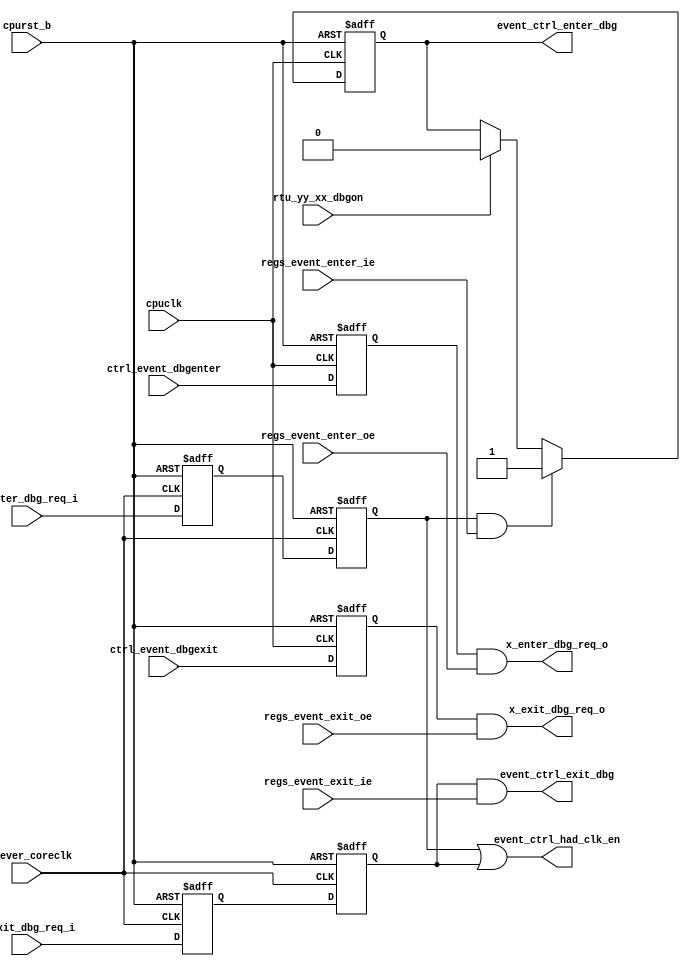
/*Copyright 2019-2021 T-Head Semiconductor Co., Ltd.

Licensed under the Apache License, Version 2.0 (the "License");
you may not use this file except in compliance with the License.
You may obtain a copy of the License at

    http://www.apache.org/licenses/LICENSE-2.0

Unless required by applicable law or agreed to in writing, software
distributed under the License is distributed on an "AS IS" BASIS,
WITHOUT WARRANTIES OR CONDITIONS OF ANY KIND, either express or implied.
See the License for the specific language governing permissions and
limitations under the License.
*/

// &ModuleBeg; @23
module ct_had_event(
  cpuclk,
  cpurst_b,
  ctrl_event_dbgenter,
  ctrl_event_dbgexit,
  event_ctrl_enter_dbg,
  event_ctrl_exit_dbg,
  event_ctrl_had_clk_en,
  forever_coreclk,
  regs_event_enter_ie,
  regs_event_enter_oe,
  regs_event_exit_ie,
  regs_event_exit_oe,
  rtu_yy_xx_dbgon,
  x_enter_dbg_req_i,
  x_enter_dbg_req_o,
  x_exit_dbg_req_i,
  x_exit_dbg_req_o
);

// &Ports; @24
input        cpuclk;                
input        cpurst_b;              
input        ctrl_event_dbgenter;   
input        ctrl_event_dbgexit;    
input        forever_coreclk;       
input        regs_event_enter_ie;   
input        regs_event_enter_oe;   
input        regs_event_exit_ie;    
input        regs_event_exit_oe;    
input        rtu_yy_xx_dbgon;       
input        x_enter_dbg_req_i;     
input        x_exit_dbg_req_i;      
output       event_ctrl_enter_dbg;  
output       event_ctrl_exit_dbg;   
output       event_ctrl_had_clk_en; 
output       x_enter_dbg_req_o;     
output       x_exit_dbg_req_o;      

// &Regs; @25
reg          enter_dbg_req_i;       
reg          enter_dbg_req_o;       
reg          exit_dbg_req_o;        
reg          x_enter_dbg_req_i_f;   
reg          x_enter_dbg_req_i_sync; 
reg          x_exit_dbg_req_i_f;    
reg          x_exit_dbg_req_i_sync; 

// &Wires; @26
wire         cpuclk;                
wire         cpurst_b;              
wire         ctrl_event_dbgenter;   
wire         ctrl_event_dbgexit;    
wire         event_ctrl_enter_dbg;  
wire         event_ctrl_exit_dbg;   
wire         event_ctrl_had_clk_en; 
wire         forever_coreclk;       
wire         regs_event_enter_ie;   
wire         regs_event_enter_oe;   
wire         regs_event_exit_ie;    
wire         regs_event_exit_oe;    
wire         rtu_yy_xx_dbgon;       
wire         x_enter_dbg_req_i;     
wire         x_enter_dbg_req_o;     
wire         x_enter_dbg_req_o_sync; 
wire         x_exit_dbg_req_i;      
wire         x_exit_dbg_req_o;      
wire         x_exit_dbg_req_o_sync; 


//==========================================================
//                        Input Sync
//==========================================================
// &Instance("sync_level2pulse", "x_ct_sync_enter_dbg_req_i"); @32
// &Connect(.clk       (forever_coreclk), @33
//          .rst_b     (cpurst_b), @34
//          .sync_in   (x_enter_dbg_req_i), @35
//          .sync_out  (x_enter_dbg_req_i_sync), @36
//          .sync_ack  (x_enter_dbg_req_i_ack) @37
//         ); @38
// &Instance("sync_level2pulse", "x_ct_sync_exit_dbg_req_i"); @40
// &Connect(.clk       (forever_coreclk), @41
//          .rst_b     (cpurst_b), @42
//          .sync_in   (x_exit_dbg_req_i), @43
//          .sync_out  (x_exit_dbg_req_i_sync), @44
//          .sync_ack  (x_exit_dbg_req_i_ack) @45
//         ); @46
always @ (posedge forever_coreclk or negedge cpurst_b)
begin
  if (~cpurst_b) begin
    x_enter_dbg_req_i_f    <= 1'b0;
    x_enter_dbg_req_i_sync <= 1'b0;
    x_exit_dbg_req_i_f     <= 1'b0;
    x_exit_dbg_req_i_sync  <= 1'b0;
  end
  else begin
    x_enter_dbg_req_i_f    <= x_enter_dbg_req_i;
    x_enter_dbg_req_i_sync <= x_enter_dbg_req_i_f;
    x_exit_dbg_req_i_f     <= x_exit_dbg_req_i;
    x_exit_dbg_req_i_sync  <= x_exit_dbg_req_i_f;
  end
end


//==========================================================
//                        Input Ctrl
//==========================================================
always @(posedge cpuclk or negedge cpurst_b)
begin
  if (!cpurst_b)
    enter_dbg_req_i <= 1'b0;
  else if (x_enter_dbg_req_i_sync & regs_event_enter_ie)
    enter_dbg_req_i <= 1'b1;
  else if (rtu_yy_xx_dbgon)
    enter_dbg_req_i <= 1'b0;
end

assign event_ctrl_enter_dbg = enter_dbg_req_i;
assign event_ctrl_exit_dbg  = x_exit_dbg_req_i_sync & regs_event_exit_ie;
//assign x_event_enter_dbg_req_i = enter_dbg_req_i;


//==========================================================
//                       Output Ctrl
//==========================================================
always @(posedge cpuclk or negedge cpurst_b)
begin
  if (!cpurst_b)
    exit_dbg_req_o <= 1'b0;
  else
    exit_dbg_req_o <= ctrl_event_dbgexit;
end

assign x_exit_dbg_req_o_sync = exit_dbg_req_o && regs_event_exit_oe;

always @(posedge cpuclk or negedge cpurst_b)
begin
  if (!cpurst_b)
    enter_dbg_req_o <= 1'b0;
  else
    enter_dbg_req_o <= ctrl_event_dbgenter;
end

assign x_enter_dbg_req_o_sync = enter_dbg_req_o && regs_event_enter_oe;

//==========================================================
//                       Output Sync
//==========================================================
// &Force("input", "x_exit_dbg_req_o_ack"); @119
// &Force("input", "forever_coreclk"); @120
// &Force("nonport", "x_exit_dbg_req_o_ack_sync"); @121
// &Force("input", "x_enter_dbg_req_o_ack"); @141
// &Force("input", "forever_coreclk"); @142
// &Force("nonport", "x_enter_dbg_req_o_ack_sync"); @143
assign x_exit_dbg_req_o  = x_exit_dbg_req_o_sync;
assign x_enter_dbg_req_o = x_enter_dbg_req_o_sync;

assign event_ctrl_had_clk_en = x_enter_dbg_req_i_sync
                            || x_exit_dbg_req_i_sync;

// &ModuleEnd; @163
endmodule